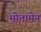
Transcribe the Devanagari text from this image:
मोतामेन